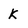
Character: K